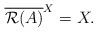
LaTeX: \begin{align*} \overline{\mathcal{R}(A)}^X=X.\end{align*}